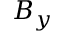
B _ { y }